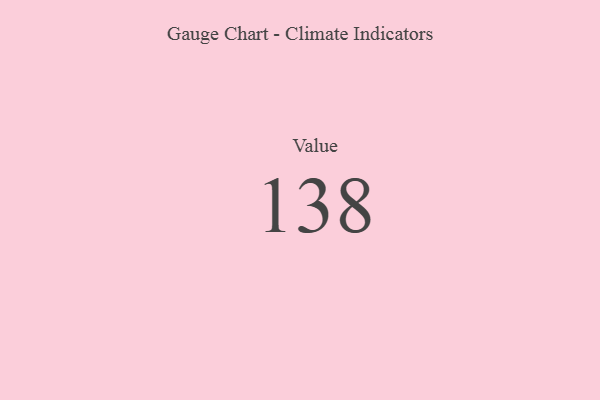
{"axis": {"x": "Metric", "y": "Value"}, "legend": [""], "data": [{"x": "Value", "y": 138, "type": ""}]}